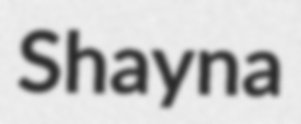
Shayna